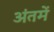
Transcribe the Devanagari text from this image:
अंतमें